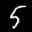
Label: 5